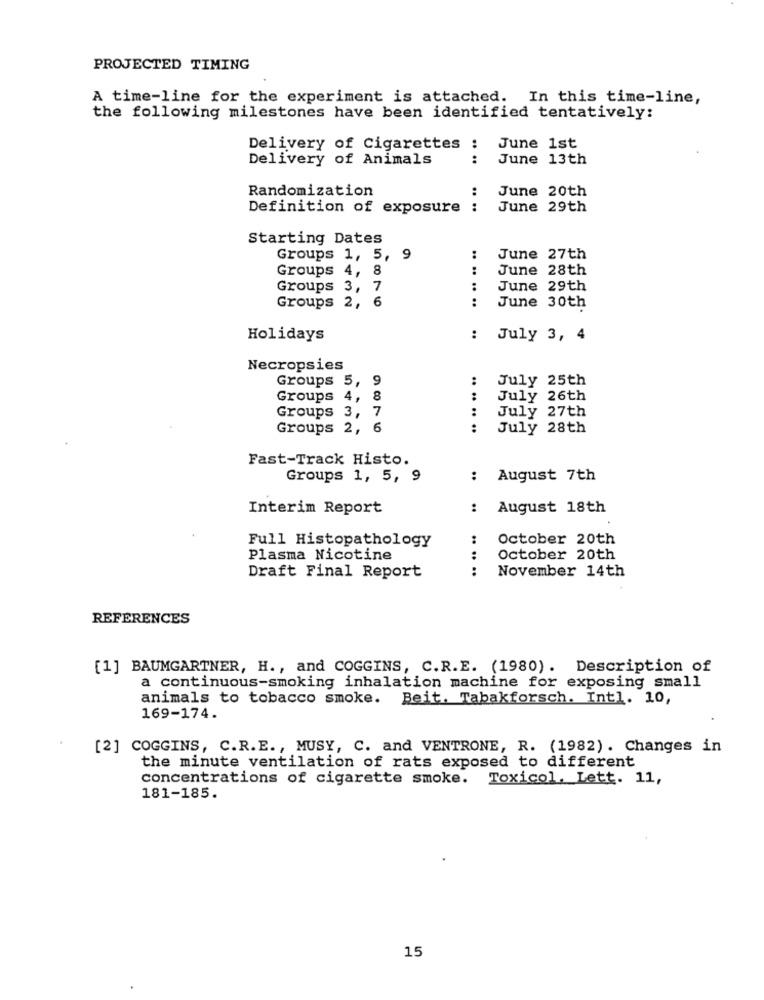
PROJECTED TIMING
A time-line for the experiment is attached. In this time-line,
the following milestones have been identified tentatively:
Delivery of Cigarettes :
June 1st
Delivery of Animals
:
June 13th
Randomization
:
June 20th
Definition of exposure
:
June 29th
Starting Dates
Groups 1, 5, 9
June 27th
Groups 4, 8
.. ..
June 28th
Groups 3, 7
:
June 29th
Groups 2, 6
:
June 30th
Holidays
: July 3, 4
Necropsies
Groups 5, 9
:
July 25th
Groups 4, 8
:
July 26th
:
July 27th
Groups 3,
Groups 2, 6
July 28th
Fast-Track Histo.
Groups 1, 5, 9
: August 7th
Interim Report
:August 18th
Full Histopathology
October 20th
Plasma Nicotine
October 20th
. .. ..
November 14th
Draft Final Report
REFERENCES
[1] BAUMGARTNER, H ., and COGGINS, C.R.E. (1980). Description of
a continuous-smoking inhalation machine for exposing small
animals to tobacco smoke. Beit. Tabakforsch. Intl. 10,
169-174.
[2] COGGINS, C.R.E ., MUSY, C. and VENTRONE, R. (1982). Changes in
the minute ventilation of rats exposed to different
concentrations of cigarette smoke. Toxicol, Lett. 11,
181-185.
15